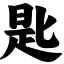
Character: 匙